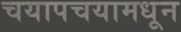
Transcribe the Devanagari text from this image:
चयापचयामधून